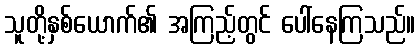
သူတို့နှစ်ယောက်၏ အကြည့်တွင် ပေါ်နေကြသည်။